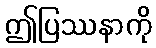
ဤပြဿနာကို